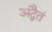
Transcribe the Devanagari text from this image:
अद्वैतं